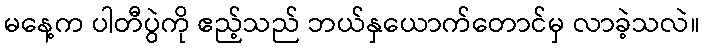
မနေ့က ပါတီပွဲကို ဧည့်သည် ဘယ်နှယောက်တောင်မှ လာခဲ့သလဲ။